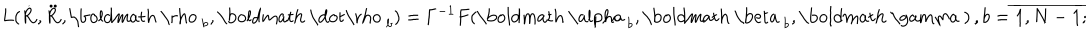
L ( { \bf \dot { R } } , { \bf \ddot { R } } , { \mathrm { \boldmath ~ \ r h o ~ } } _ { b } , { \mathrm { \boldmath ~ \dot { \ r h o } ~ } } _ { b } ) = \Gamma ^ { - 1 } F ( { \mathrm { \boldmath ~ \ a l p h a ~ } } _ { b } , { \mathrm { \boldmath ~ \ b e t a ~ } } _ { b } , { \mathrm { \boldmath ~ \ g a m m a ~ } } ) \, , b = \overline { { { 1 , N - 1 } } } ;